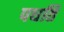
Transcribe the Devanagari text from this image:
पधति